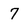
Character: 7